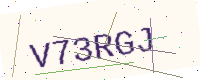
Text: V73RGJ